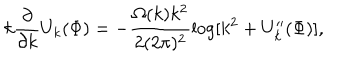
LaTeX: k \frac { \partial } { \partial k } U _ { k } ( \Phi ) = - \frac { \Omega ( k ) k ^ { 2 } } { 2 ( 2 \pi ) ^ { 2 } } \log [ k ^ { 2 } + U _ { k } ^ { \prime \prime } ( \Phi ) ] ,